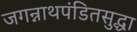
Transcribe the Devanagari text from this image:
जगन्नाथपंडितसुद्धा